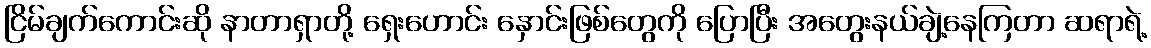
ငြိမ်ချက်ကောင်းဆို နာတာရှာတို့ ရှေးဟောင်း နှောင်းဖြစ်တွေကို ပြောပြီး အတွေးနယ်ချဲ့နေကြတာ ဆရာရဲ့